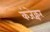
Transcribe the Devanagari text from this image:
कंजेक्चर